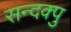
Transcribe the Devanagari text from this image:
सन्दक्पु